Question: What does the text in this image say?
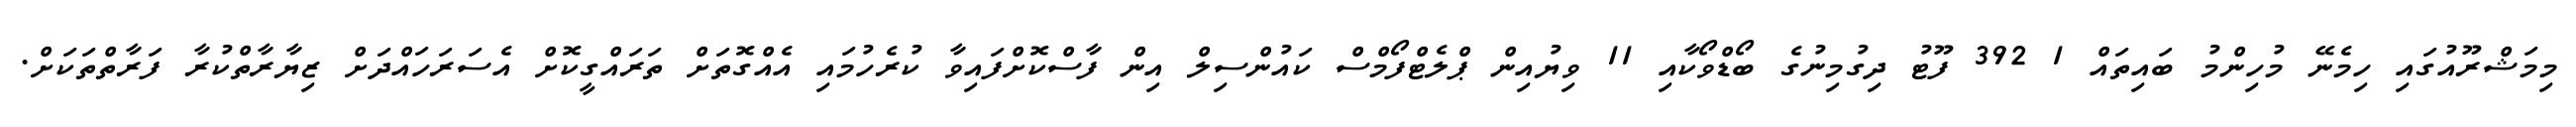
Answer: މިމަޝްރޫއުގައި ހިމެނޭ މުހިންމު ބައިތައް 1 392 ފޫޓު ދިގުމިނުގެ ބޯޑްވޯކާއި 11 ވިޔުއިން ޕްލެޓްފޯމްސް ކައުންސިލް އިން ފާސްކޮށްފައިވާ ކުރެހުމައި އެއްގޮތަށް ތަރައްގީކޮށް އެސަރަހައްދަށް ޒިޔާރާތްކުރާ ފަރާތްތަކަށް.